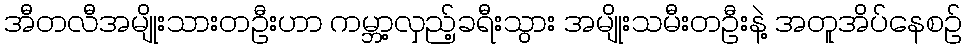
အီတလီအမျိုးသားတဦးဟာ ကမ္ဘာ့လှည့်ခရီးသွား အမျိုးသမီးတဦးနဲ့ အတူအိပ်နေစဉ်